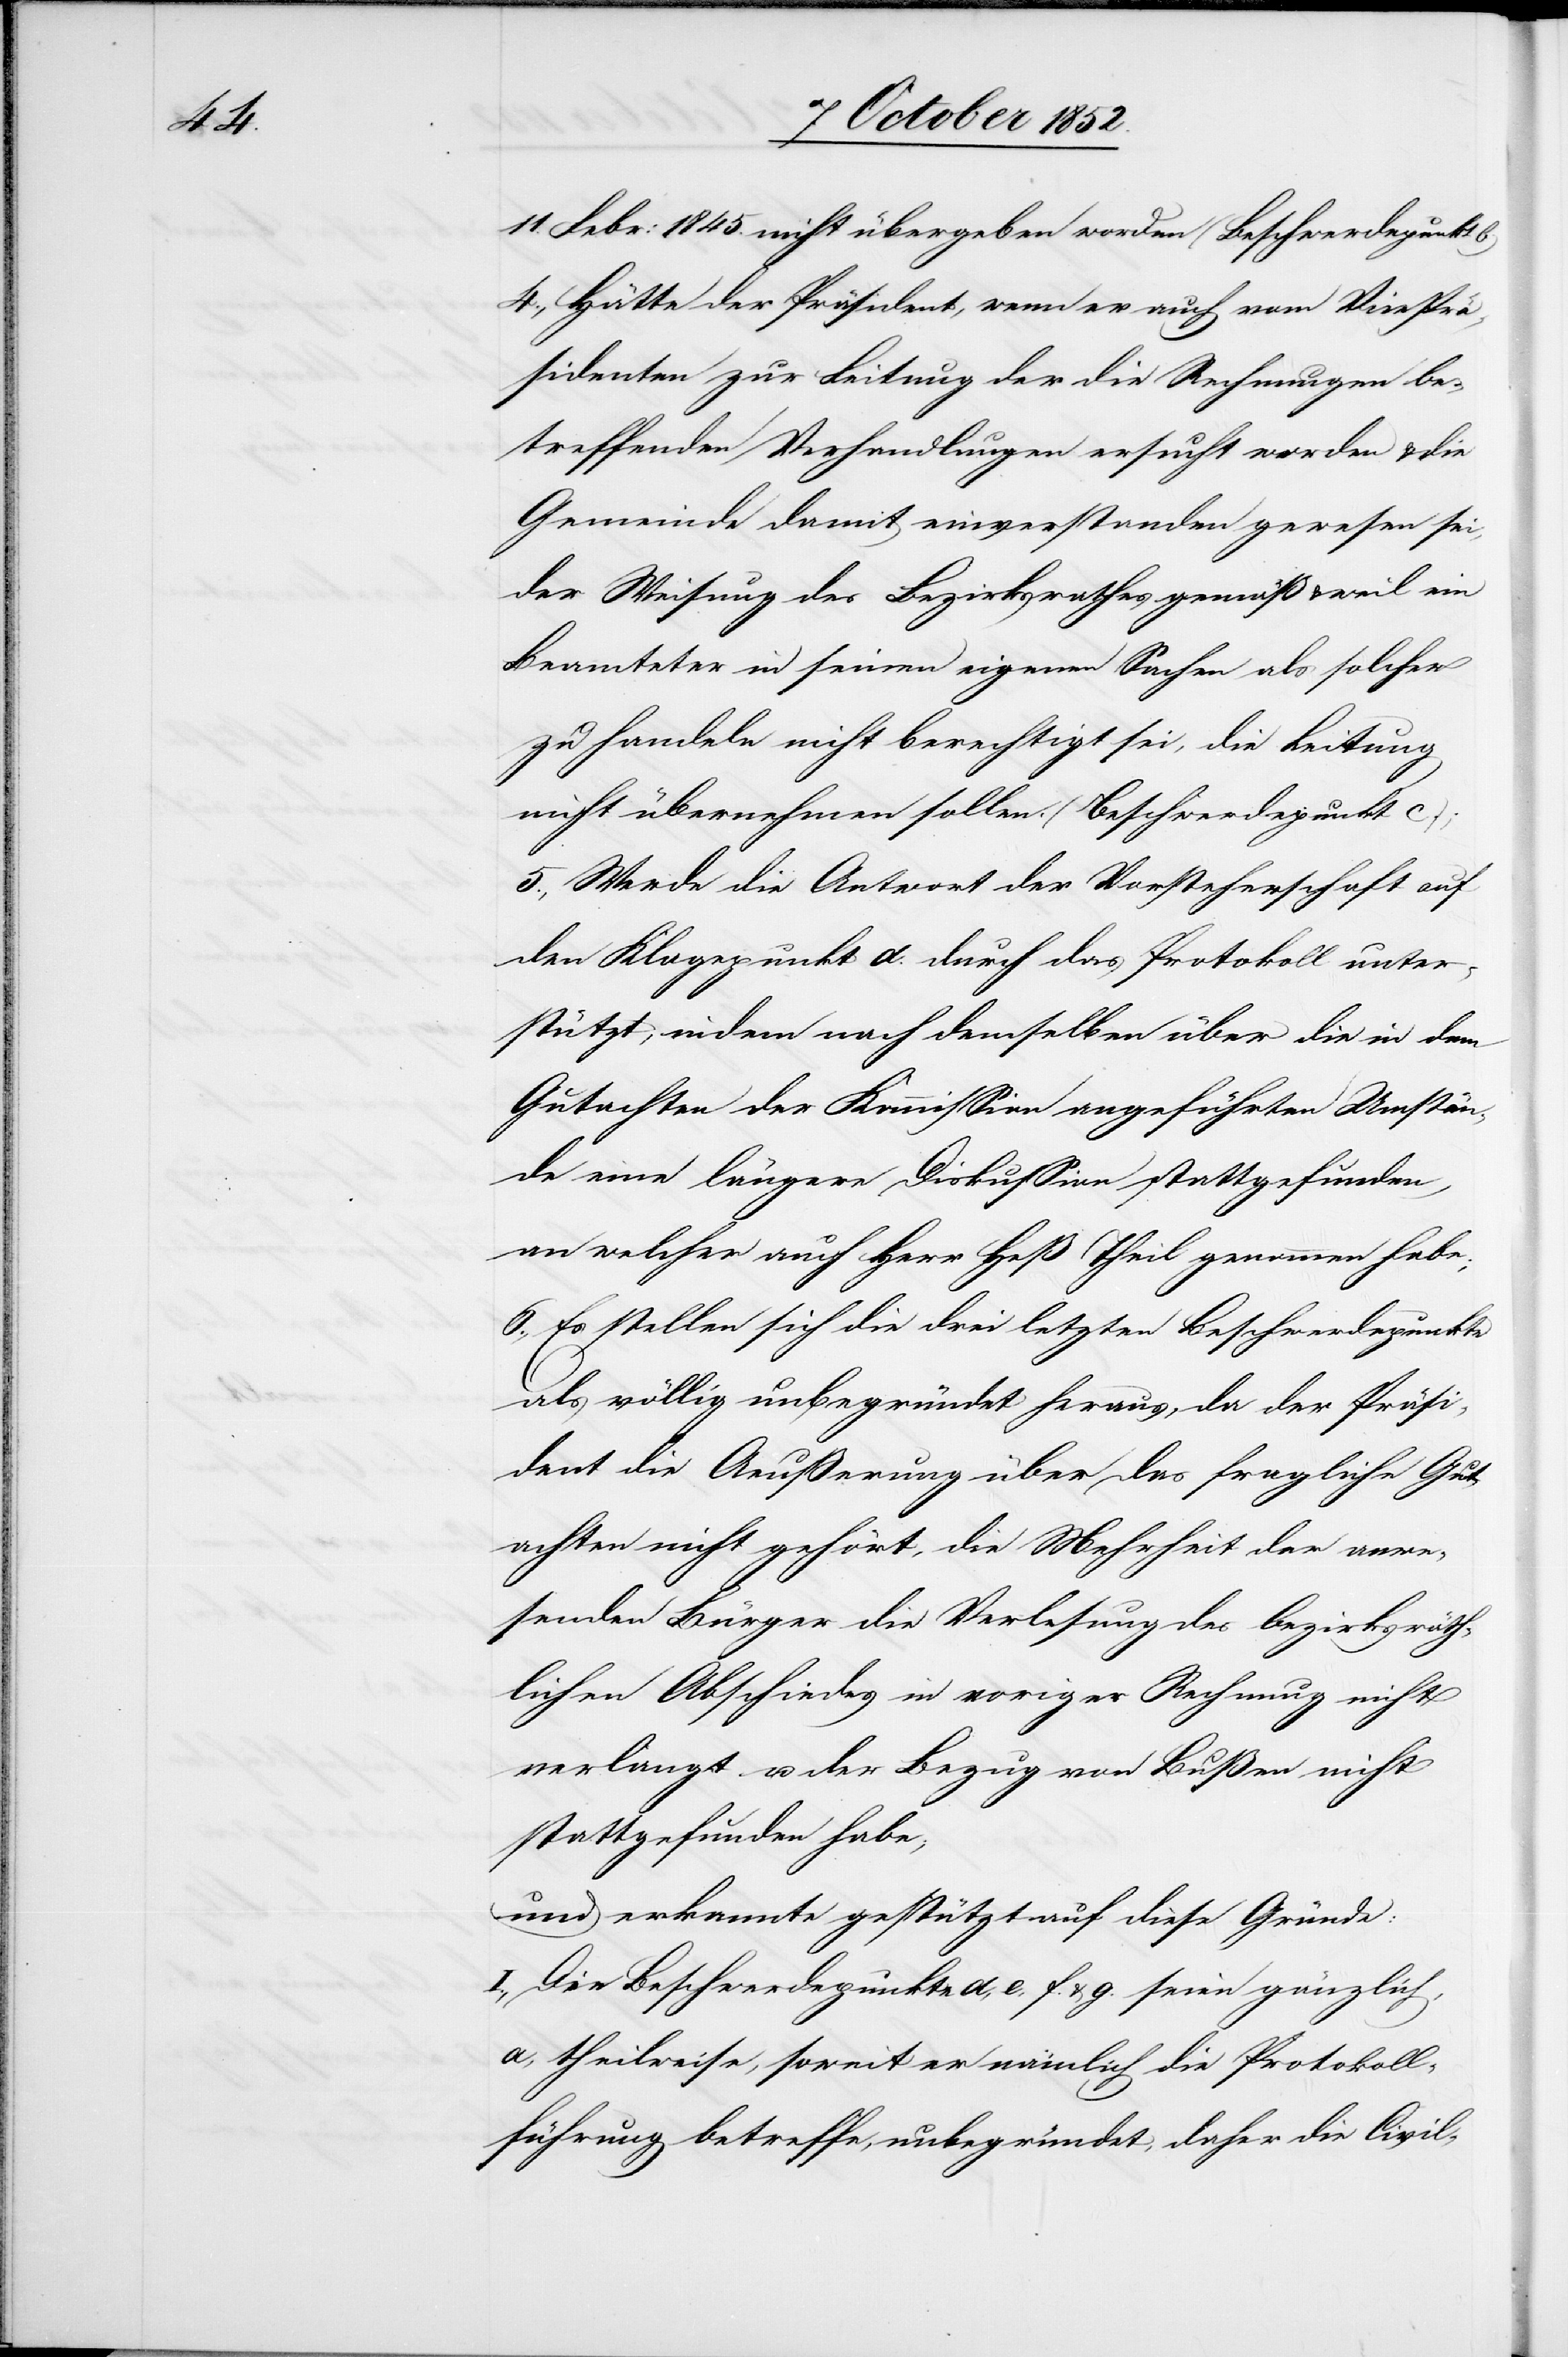
11.

Febr: 1845. nicht übergeben worden (Beschwerdepunkt b)
4., Hätte der Präsident, wenn er auch vom Vice[-]Prä¬
sidenten zur Leitung der die Rechnungen be¬
treffenden Verhandlungen ersucht worden & die
Gemeinde damit einverstanden gewesen sei,
der Weisung des Bezirksrathes gemäß & weil ein
Beamteter in seinen eigenen Sachen als solcher
zu handeln nicht berechtigt sei, die Leitung
nicht übernehmen sollen. (Beschwerdepunkt
5., Werde die Antwort der Vorsteherschaft auf
den Klagepunkt d. durch das Protokoll unter¬
stützt, indem nach demselben über die in dem
Gutachten der Kommission angeführten Umstän¬
de eine längere Diskussion stattgefunden,
an welcher auch Herr Heß Theil genommen habe;
6., Es stellen sich die drei letzten Beschwerdepunkte
als völlig unbegründet heraus, da der Präsi¬
dent die Aeußerung über das fragliche Gut¬
achten nicht gehört, die Mehrheit der anwe¬
senden Bürger die Verlesung des bezirksräth¬
lichen Abschiedes in voriger Rechnung nicht
verlangt u. der Bezug von Bußen nicht
stattgefunden habe,
und erkannte gestützt auf diese Gründe:
I., Die Beschwerdepunkte d, e, f. & g. seien gänzlich,
a. theilweise, soweit er nämlich die Protokoll¬
führung betreffe, unbegründet, daher die Civil-